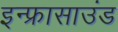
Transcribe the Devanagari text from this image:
इन्फ्रासाउंड